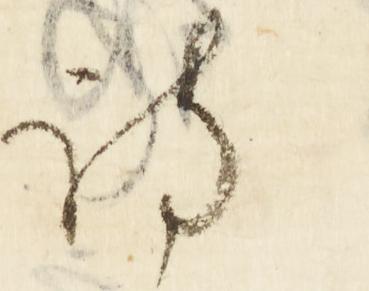
詩